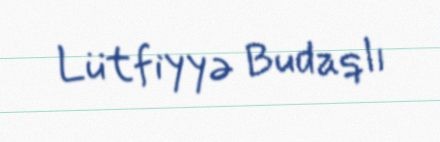
Lütfiyyə Budaqlı